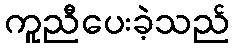
ကူညီပေးခဲ့သည်